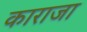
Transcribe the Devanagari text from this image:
काराजा